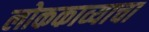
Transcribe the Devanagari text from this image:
लोककाव्याचा